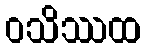
ဝသိဿထ